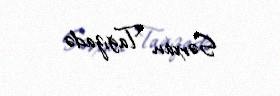
Sərxan Tağızadə